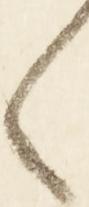
々